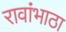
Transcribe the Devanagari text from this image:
रावांभाठा